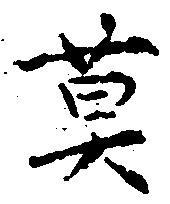
莫